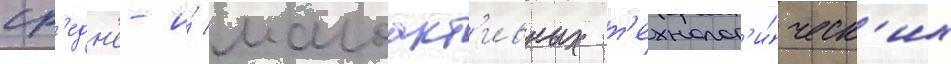
ср'едн'е- и́ малоакт'ивных т'ехнолог'и́ческ'их